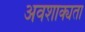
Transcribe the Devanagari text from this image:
अवशाक्यता